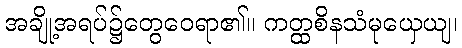
အချို့အရပ်၌တွေဝေရာ၏။ ကတ္ထစိနသံမုယှေယျ၊